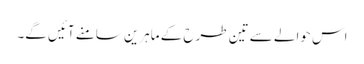
اس حوالے سے تین طرح کے ماہرین سامنے آئیں گے۔